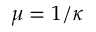
\mu = 1 / \kappa